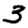
Digit: 3